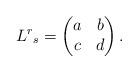
LaTeX: \begin{align*}L^r{}_s=\begin{pmatrix}a&b\\c&d\end{pmatrix}.\end{align*}